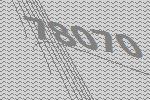
78070